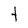
Character: t